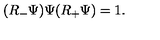
( R _ { - } \Psi ) \Psi ( R _ { + } \Psi ) = 1 .